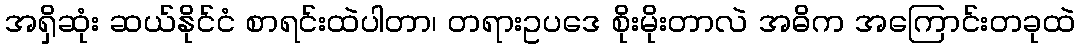
အရှိဆုံး ဆယ်နိုင်ငံ စာရင်းထဲပါတာ၊ တရားဥပဒေ စိုးမိုးတာလဲ အဓိက အကြောင်းတခုထဲ